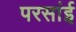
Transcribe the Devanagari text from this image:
परसांई